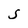
Character: S